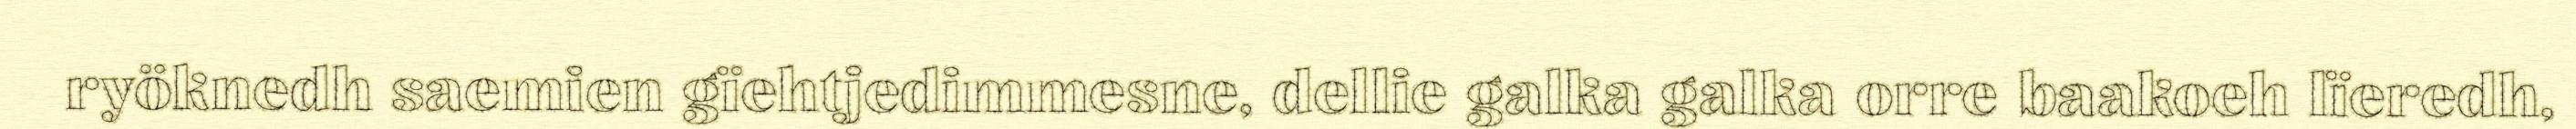
ryöknedh saemien gïehtjedimmesne, dellie galka galka orre baakoeh lïeredh,